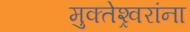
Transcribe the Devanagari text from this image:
मुक्तेश्र्वरांना